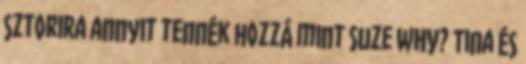
sztorira annyit tennék hozzá mint Suze WHY? Tina és